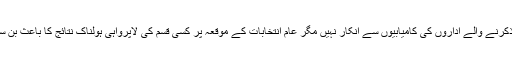
قانون نافذکرنے والے اداروں کی کامیابیوں سے انکار نہیں مگر عام انتخابات کے موقعہ پر کسی قسم کی لاپرواہی ہولناک نتائج کا باعث بن سکتی ہے۔